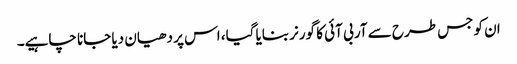
ان کو جس طرح سے آر بی آئی کا گورنر بنایا گیا، اس پر دھیان دیا جانا چاہیے۔